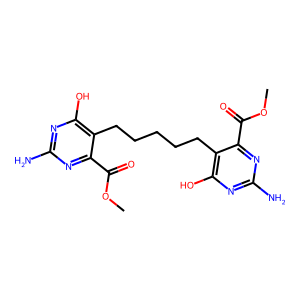
SMILES: COC(=O)c1nc(N)nc(O)c1CCCCCc1c(O)nc(N)nc1C(=O)OC
Inhibits HIV replication: No